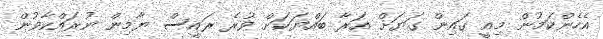
އެހެންކަމުން މިއީ ގައިން ގަޔަށް އަރާ ބައްޔަކަށް ވުރެ ރައީސް ޔާމިން ނުރައްކާވުން